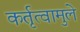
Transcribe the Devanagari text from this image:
कर्तृत्वामुले